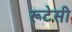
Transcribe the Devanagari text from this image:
रूटेसी